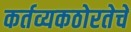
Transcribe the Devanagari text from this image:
कर्तव्यकठोरतेचे